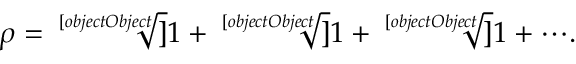
\rho = { \sqrt [ [object Object] ] { 1 + { \sqrt [ [object Object] ] { 1 + { \sqrt [ [object Object] ] { 1 + \cdots } } } } } } .